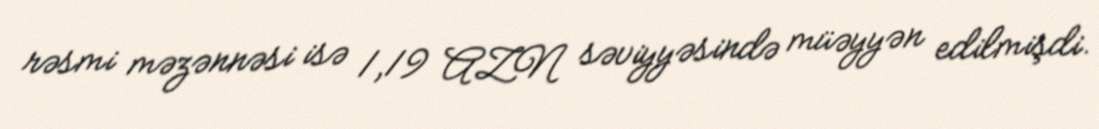
rəsmi məzənnəsi isə 1,19 AZN səviyyəsində müəyyən edilmişdi.